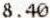
8.40